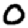
Digit: 0